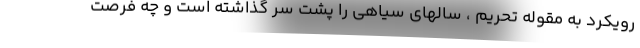
رویکرد به مقوله تحریم ، سالهای سیاهی را پشت سر گذاشته است و چه فرصت